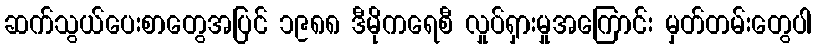
ဆက်သွယ်ပေးစာတွေအပြင် ၁၉၈၈ ဒီမိုကရေစီ လှုပ်ရှားမှုအကြောင်း မှတ်တမ်းတွေပါ